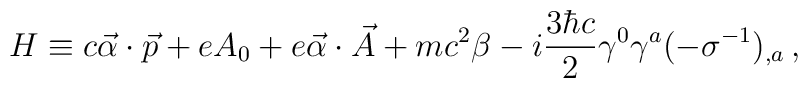
H\equiv c\vec{\alpha}\cdot\vec{p}+eA_0+e\vec{\alpha}\cdot\vec{A}+mc^2\beta-i\frac{3\hbar c}{2}\gamma^0\gamma^a(-\sigma^{-1})_{,a}\,{,}